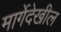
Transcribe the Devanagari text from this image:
मार्गेदेखील